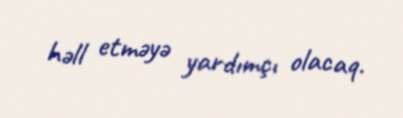
həll etməyə yardımçı olacaq.